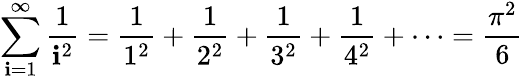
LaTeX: \sum_{\mathbf{i}=1}^{\infty}{\frac{{1}}{{\mathbf{i}^{2}}}}={\frac{{1}}{{1^{2}}}}+{\frac{{1}}{{2^{2}}}}+{\frac{{1}}{{3^{2}}}}+{\frac{{1}}{{4^{2}}}}+\cdots={\frac{{\pi^{2}}}{{6}}}